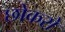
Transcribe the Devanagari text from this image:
छोकरो